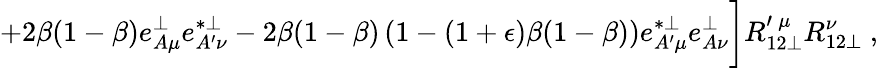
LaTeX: +2\beta(1-\beta)e_{A\mu}^{\perp}e_{A^{\prime}\nu}^{*\perp}-2\beta(1-\beta)\left(1-(1+\epsilon)\beta(1-\beta)\right)e_{A^{\prime}\mu}^{*\perp}e_{A\nu}^{\perp}\biggr]R_{12\perp}^{\prime\: \mu}R_{12\perp}^{\nu}~,